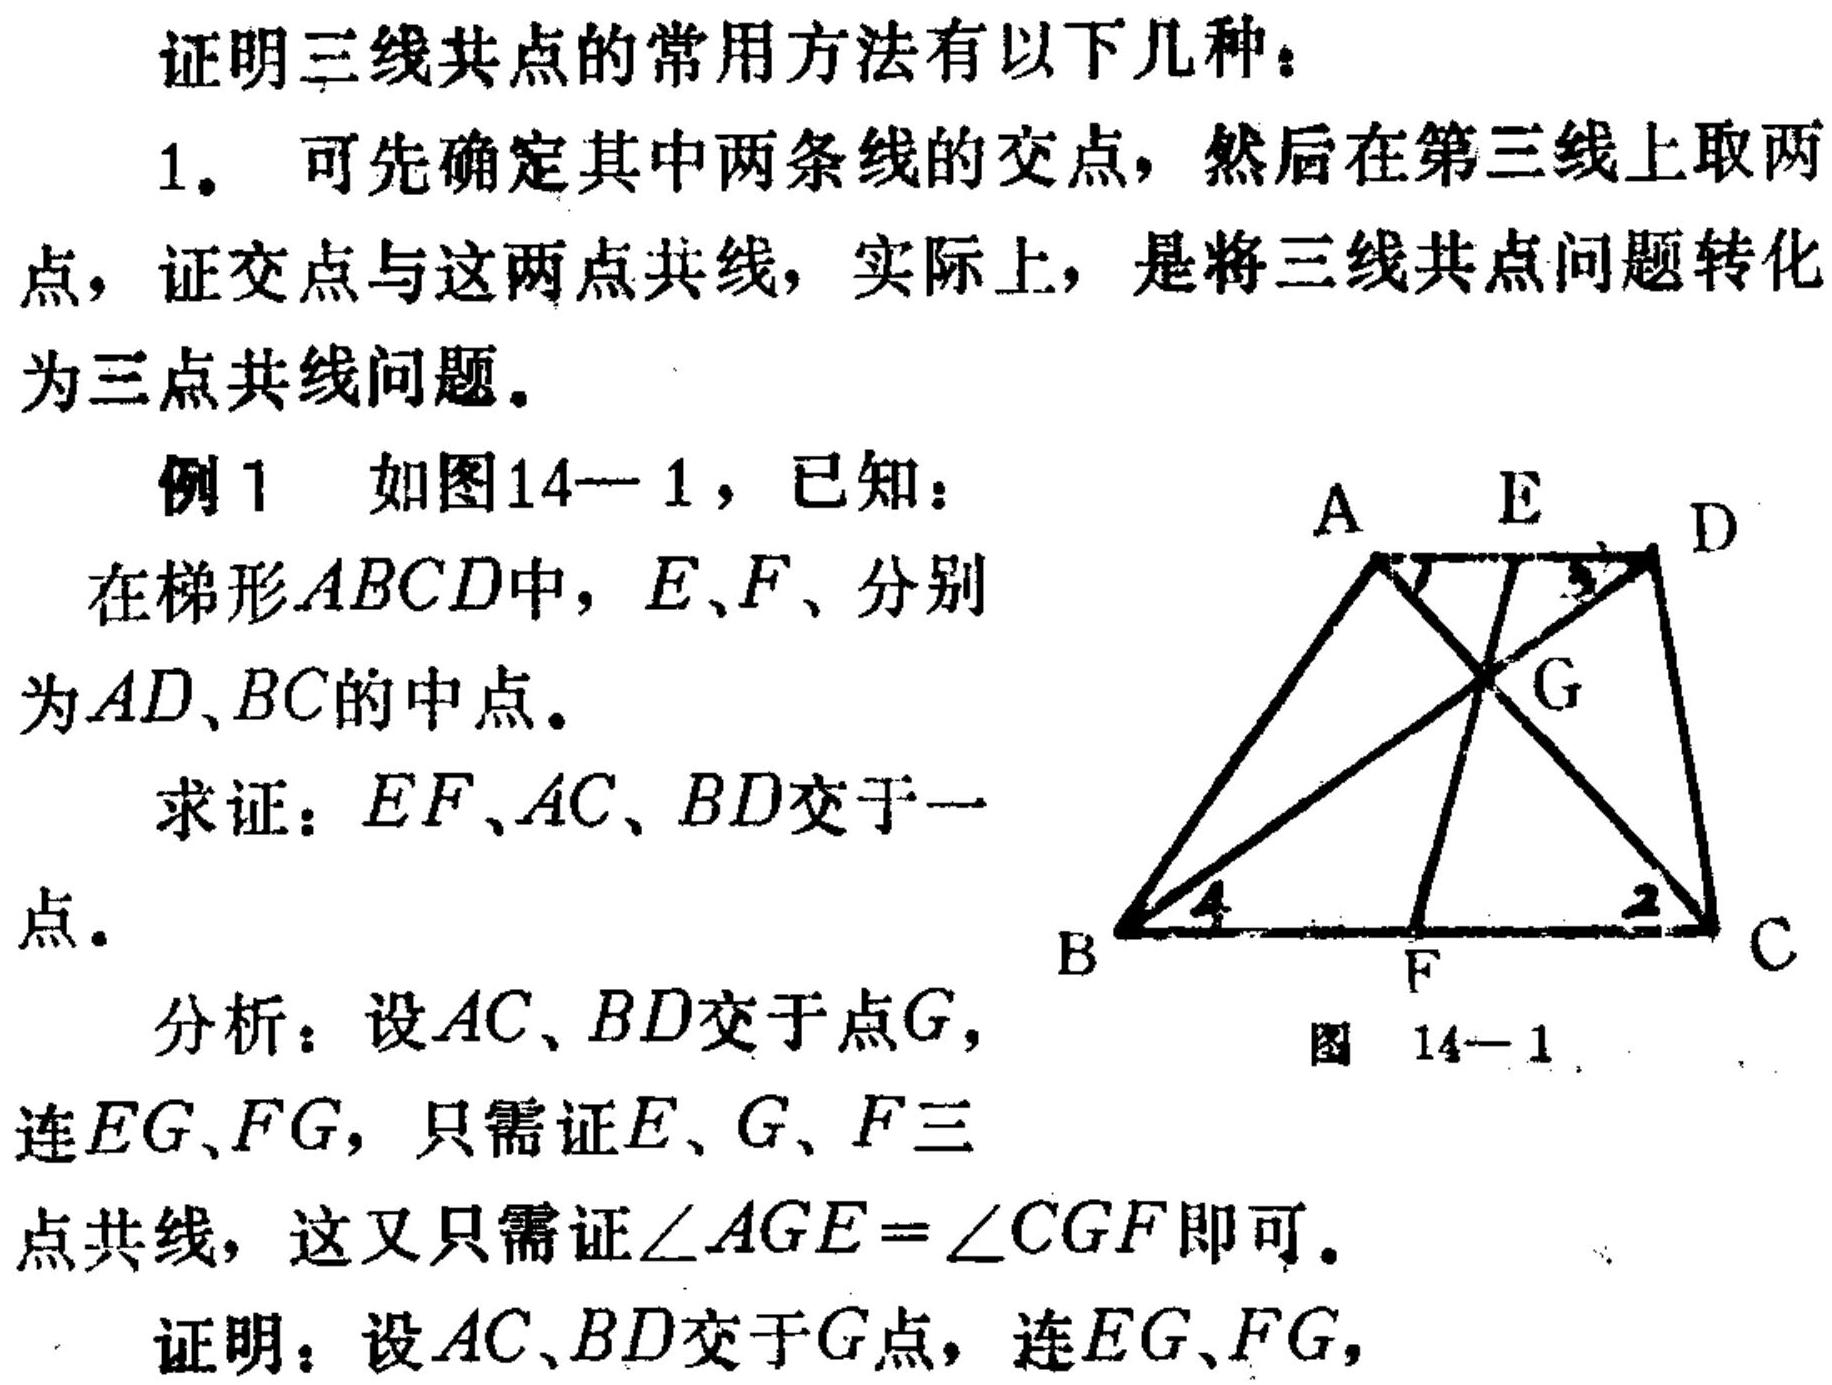
证明三线共点的常用方法有以下几种：
1. 可先确定其中两条线的交点，然后在第三线上取两点，证交点与这两点共线，实际上，是将三线共点问题转化为三点共线问题。
例1 如图14—1，已知：
在梯形\(ABCD\)中，\(E、F\)、分别为\(AD、BC\)的中点。
求证：\(EF、AC、BD\)交于一点。
分析：设\(AC、BD\)交于点\(G\)，连\(EG、FG\)，只需证\(E、G、F\)三点共线，这又只需证\(\angle AGE=\angle CGF\)即可。
证明：设\(AC、BD\)交于\(G\)点，连\(EG、FG\)，
图 14—1
![图 14—1](https://pic1.zhimg.com/v2-xxxxxx_b.jpg) （此处因无实际图片链接，仅示意格式 ）